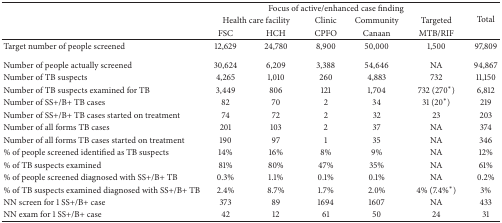
|  | <COLSPAN=5> Focus of active/enhanced case finding | <ROWSPAN=3> Total |
 |  | <COLSPAN=2> Health care facility | Clinic | Community | Targeted |
 |  | FSC | HCH | CPFO | Canaan | MTB/RIF |
 | --- | --- | --- | --- | --- | --- | --- |
 | Target number of people screened | 12,629 | 24,780 | 8,900 | 50,000 | 1,500 | 97,809 |
 | Number of people actually screened | 30,624 | 6,209 | 3,388 | 54,646 | NA | 94,867 |
 | Number of TB suspects | 4,265 | 1,010 | 260 | 4,883 | 732 | 11,150 |
 | Number of TB suspects examined for TB | 3,449 | 806 | 121 | 1,704 | 732 (270∗) | 6,812 |
 | Number of SS+/B+ TB cases | 82 | 70 | 2 | 34 | 31 (20∗) | 219 |
 | Number of SS+/B+ TB cases started on treatment | 74 | 72 | 2 | 32 | 23 | 203 |
 | Number of all forms TB cases | 201 | 103 | 2 | 37 | NA | 374 |
 | Number of all forms TB cases started on treatment | 190 | 97 | 1 | 35 | NA | 346 |
 | % of people screened identified as TB suspects | 14% | 16% | 8% | 9% | NA | 12% |
 | % of TB suspects examined | 81% | 80% | 47% | 35% | NA | 61% |
 | % of people screened diagnosed with SS+/B+ TB | 0.3% | 1.1% | 0.1% | 0.1% | NA | 0.2% |
 | % of TB suspects examined diagnosed with SS+/B+ TB | 2.4% | 8.7% | 1.7% | 2.0% | 4% (7.4%∗) | 3% |
 | NN screen for 1 SS+/B+ case | 373 | 89 | 1694 | 1607 | NA | 433 |
 | NN exam for 1 SS+/B+ case | 42 | 12 | 61 | 50 | 24 | 31 |